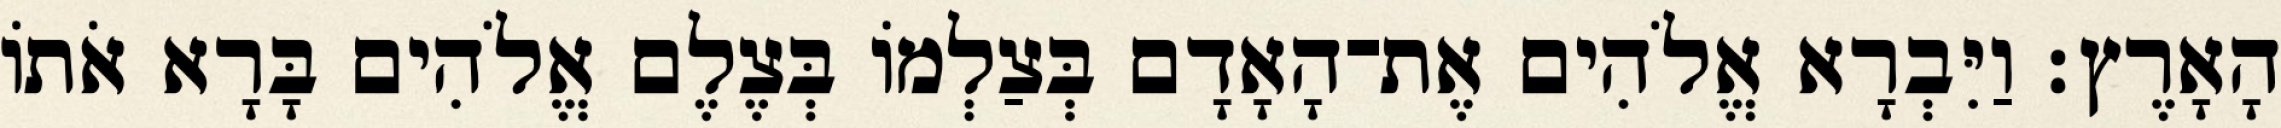
הָאָרֶץ׃ וַיִּבְרָא אֱלֹהִים אֶת־הָאָדָם בְּצַלְמֹו בְּצֶלֶם אֱלֹהִים בָּרָא אֹתֹו